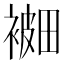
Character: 𰴅